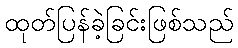
ထုတ်ပြန်ခဲ့ခြင်းဖြစ်သည်